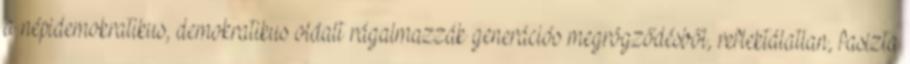
a népidemokratikus, demokratikus oldalt rágalmazzák generációs megrögződésből, reflektálatlan, fasizta